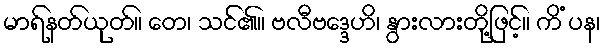
မာရ်နတ်ယုတ်။ တေ၊ သင်၏။ ဗလီဗဒ္ဒေဟိ၊ နွားလားတို့ဖြင့်။ ကိံ ပန၊